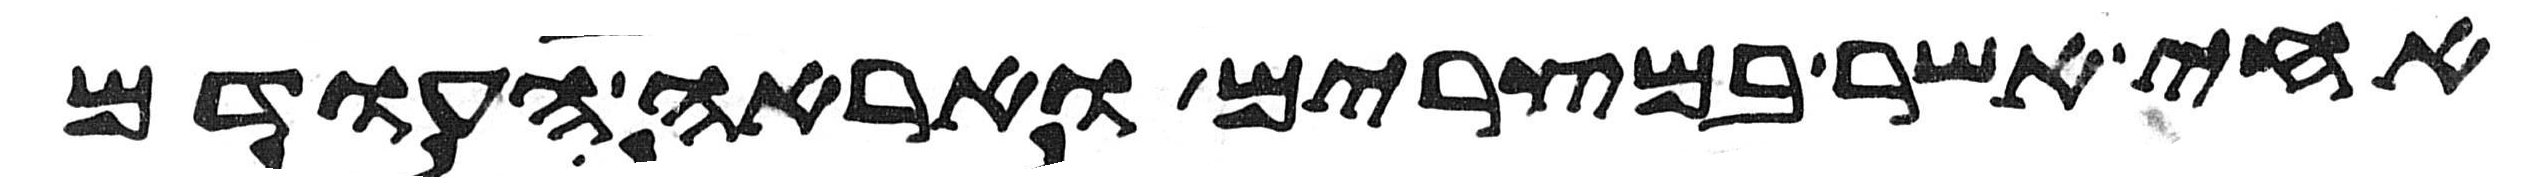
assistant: אחי אשר במצרים ואראה העודם